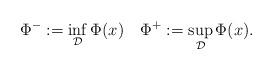
LaTeX: \begin{align*} \Phi^{-}:=\inf_{\mathcal{D}} \Phi(x)\quad\Phi^{+}:=\sup_{ \mathcal{D}}\Phi(x). \end{align*}